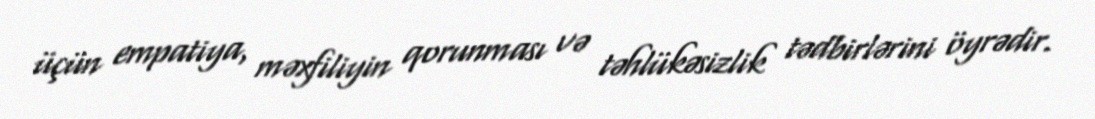
üçün empatiya, məxfiliyin qorunması və təhlükəsizlik tədbirlərini öyrədir.